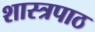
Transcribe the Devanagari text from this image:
शास्त्रपाठ